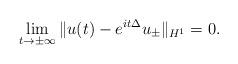
LaTeX: \begin{align*}\lim_{t\to\pm\infty} \|u(t)-e^{it\Delta} u_\pm\|_{H^1}=0.\end{align*}